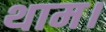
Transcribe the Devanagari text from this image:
थाम।